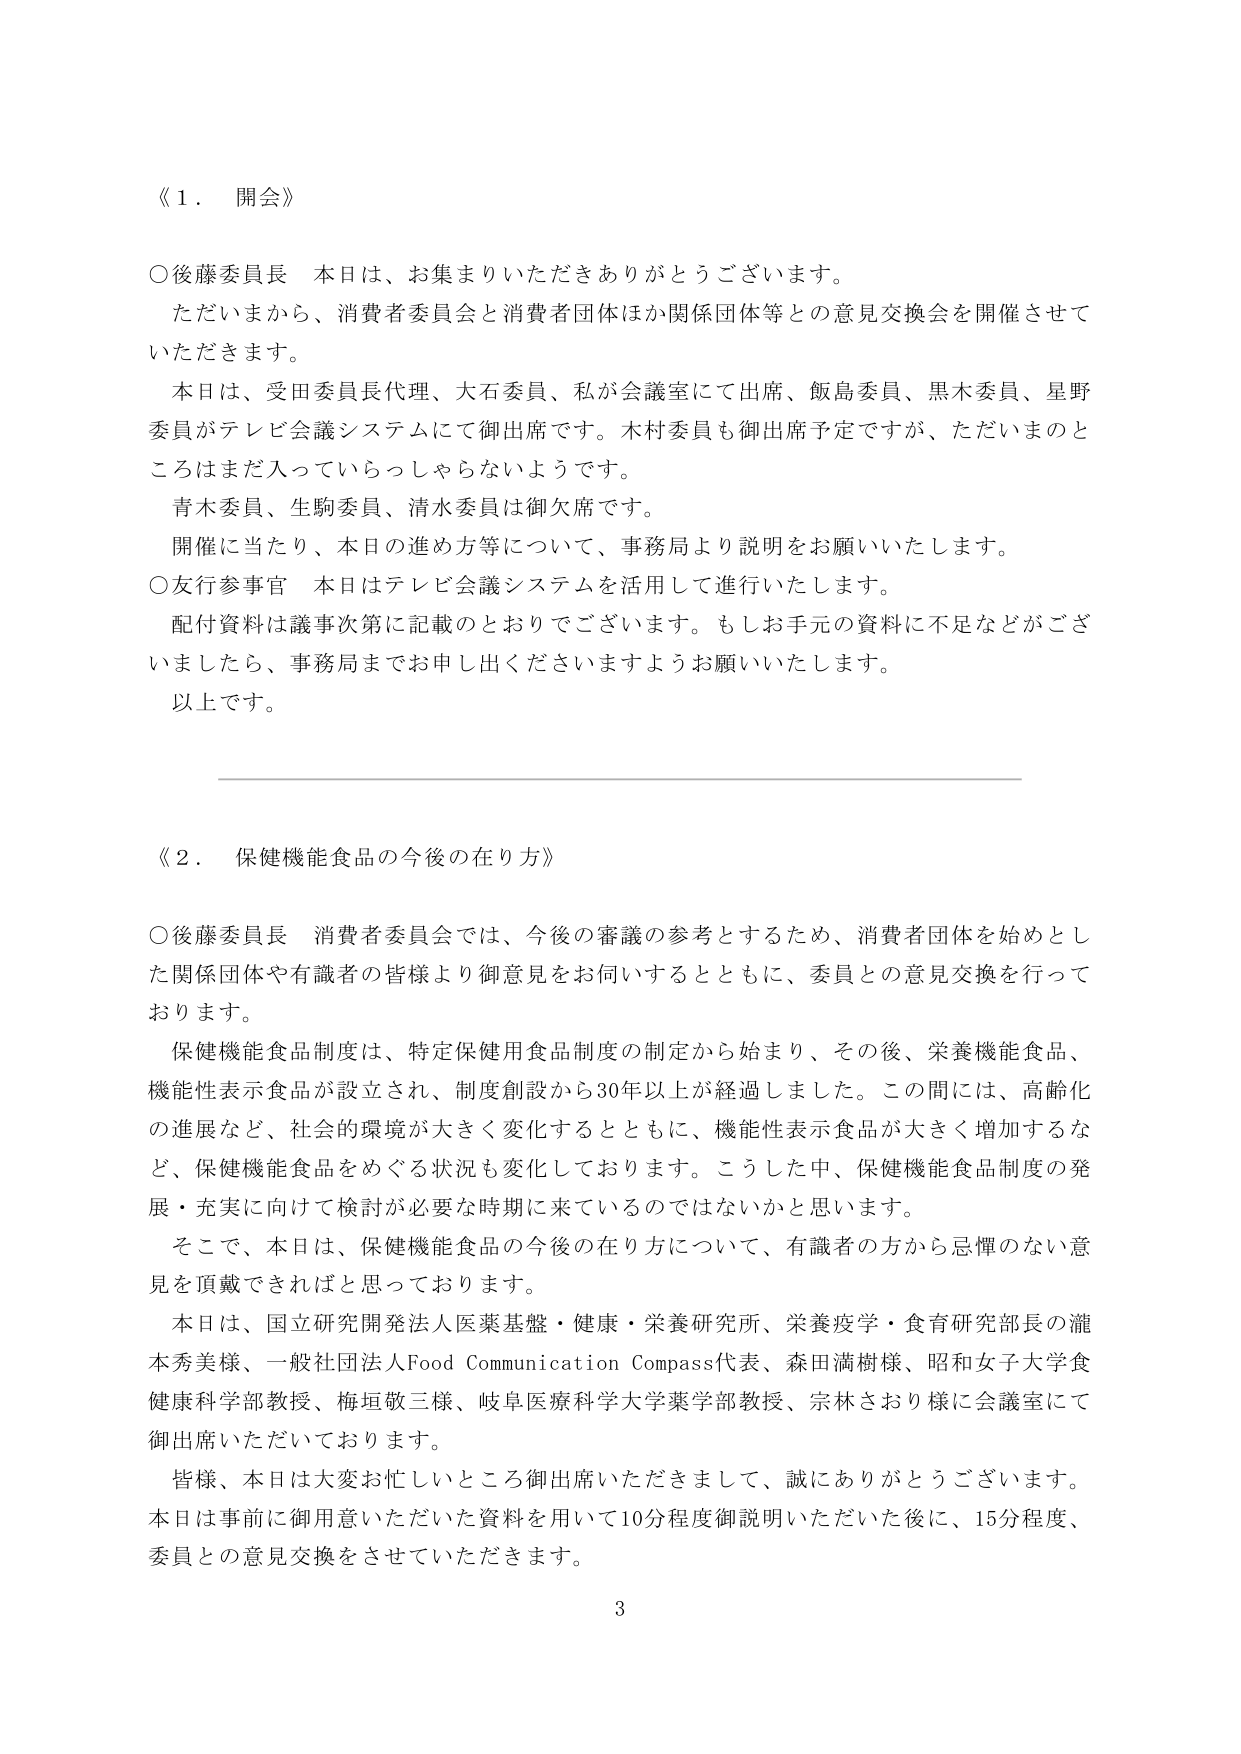
《１．開会》

○後藤委員長　本日は、お集まりいただきありがとうございます。
　ただいまから、消費者委員会と消費者団体ほか関係団体等との意見交換会を開催させていただきます。
　本日は、受田委員長代理、大石委員、私が会議室にて出席、飯島委員、黒木委員、星野委員がテレビ会議システムにて御出席です。木村委員も御出席予定ですが、ただいまのところはまだ入っていらっしゃらないようです。
　青木委員、生駒委員、清水委員は御欠席です。
　開催に当たり、本日の進め方等について、事務局より説明をお願いいたします。
○友行参事官　本日はテレビ会議システムを活用して進行いたします。
　配付資料は議事次第に記載のとおりでございます。もしお手元の資料に不足などがございましたら、事務局までお申し出くださいますようお願いいたします。
　以上です。

《２．保健機能食品の今後の在り方》

○後藤委員長　消費者委員会では、今後の審議の参考とするため、消費者団体を始めとした関係団体や有識者の皆様より御意見をお伺いするとともに、委員との意見交換を行っております。
　保健機能食品制度は、特定保健用食品制度の制定から始まり、その後、栄養機能食品、機能性表示食品が設立され、制度創設から30年以上が経過しました。この間には、高齢化の進展など、社会的環境が大きく変化するとともに、機能性表示食品が大きく増加するなど、保健機能食品をめぐる状況も変化しております。こうした中、保健機能食品制度の発展・充実に向けて検討が必要な時期に来ているのではないかと思います。
　そこで、本日は、保健機能食品の今後の在り方について、有識者の方から忌憚のない意見を頂戴できればと思っております。
　本日は、国立研究開発法人医薬基盤・健康・栄養研究所、栄養疫学・食育研究部長の瀧本秀美様、一般社団法人Food Communication Compass代表、森田満樹様、昭和女子大学食健康科学部教授、梅垣敬三様、岐阜医療科学大学薬学部教授、宗林さおり様に会議室にて御出席いただいております。
　皆様、本日は大変お忙しいところ御出席いただきまして、誠にありがとうございます。
　本日は事前に御用意いただいた資料を用いて10分程度御説明いただいた後に、15分程度、委員との意見交換をさせていただきます。

3